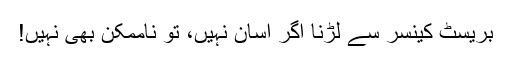
بریسٹ کینسر سے لڑنا اگر آسان نہیں، تو ناممکن بھی نہیں!